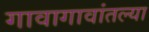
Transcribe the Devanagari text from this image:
गावागावांतल्या